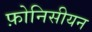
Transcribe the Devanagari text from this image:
फ़ोनिसीयन